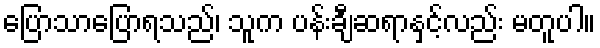
ပြောသာပြောရသည်၊ သူက ပန်းချီဆရာနှင့်လည်း မတူပါ။